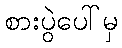
စားပွဲပေါ်မှ